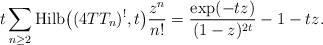
\begin{gather*} t \sum_{n\ge 2} {\rm Hilb}\big((4TT_n)^{!},t\big) {z^n \over n!} ={\exp(-t z) \over (1-z)^{2 t}}-1-t z.\end{gather*}